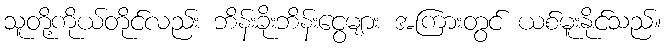
သူတို့ကိုယ်တိုင်လည်း ဘိန်းခိုးဘိန်းငွေများ အကြားတွင် ယစ်မူးနိုင်သည်။